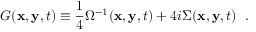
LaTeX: G ( { \bf x } , { \bf y } , t ) \equiv \frac { 1 } { 4 } \Omega ^ { - 1 } ( { \bf x } , { \bf y } , t ) + 4 i \Sigma ( { \bf x } , { \bf y } , t ) \; \; .